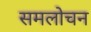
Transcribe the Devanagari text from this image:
समलोचन